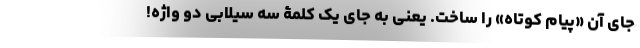
جای آن «پیام کوتاه» را ساخت. یعنی به جای یک کلمۀ سه سیلابی دو واژه!